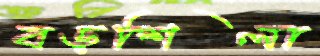
বড়শিলা